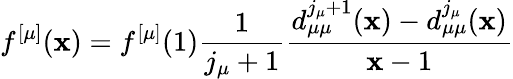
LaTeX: f^{[\mu]}(\mathbf{x})=f^{[\mu]}(1)\frac{{1}}{{j_{\mu}+1}}\frac{{d_{\mu\mu}^{j_{\mu}+1}(\mathbf{x})-d_{\mu\mu}^{j_{\mu}}(\mathbf{x})}}{{\mathbf{x}-1}}